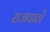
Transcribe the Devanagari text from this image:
राजपाठों